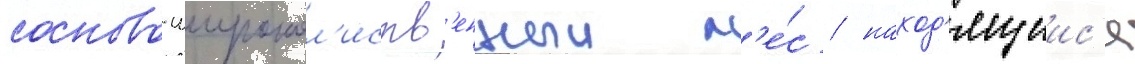
сосново-широкол'иств'енныи л'е́с / наход'ящиис'я